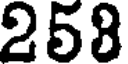
258